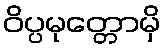
ဝိပ္ပမုတ္တောမှိ